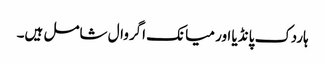
ہاردک پانڈیا اور میانک اگروال شامل ہیں۔